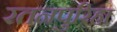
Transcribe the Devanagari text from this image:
रतनपुरिहा